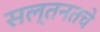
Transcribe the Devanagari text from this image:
सल्तनतचे